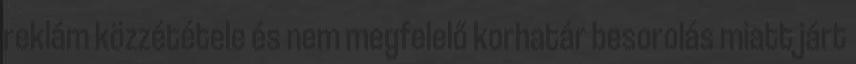
reklám közzététele és nem megfelelő korhatár besorolás miatt járt